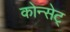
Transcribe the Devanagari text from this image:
कोन्सेट्